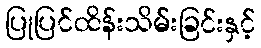
ပြုပြင်ထိန်းသိမ်းခြင်းနှင့်